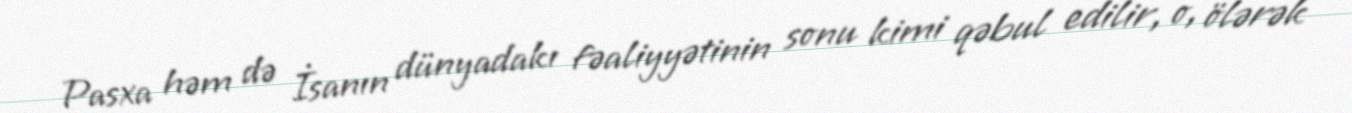
Pasxa həm də İsanın dünyadakı fəaliyyətinin sonu kimi qəbul edilir, o, ölərək